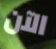
الآن